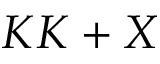
K K + X